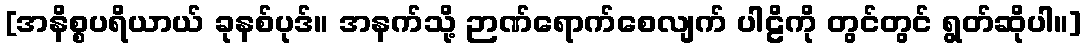
[အနိစ္စပရိယာယ် ခုနစ်ပုဒ်။ အနက်သို့ ဉာဏ်ရောက်စေလျက် ပါဠိကို တွင်တွင် ရွတ်ဆိုပါ။]